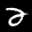
Label: 2